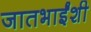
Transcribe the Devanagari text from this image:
जातभाईंशी